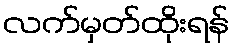
လက်မှတ်ထိုးရန်